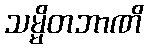
သမ္မိတဘာဏိ